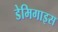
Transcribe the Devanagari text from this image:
डेमिगाइस